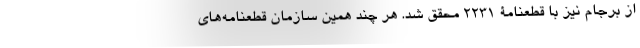
از برجام نیز با قطعنامۀ 2231 محقق شد. هر چند همین سازمان قطعنامه‌های